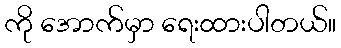
ကို အောက်မှာ ရေးထားပါတယ်။